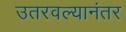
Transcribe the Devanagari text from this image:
उतरवल्यानंतर